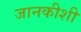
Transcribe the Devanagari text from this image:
जानकीशी